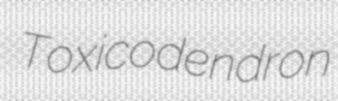
Toxicodendron